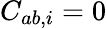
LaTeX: C_{ab,i}=0